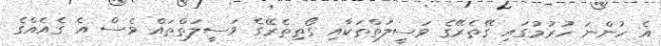
އެ ހުންނަ ހުރުމުގައި ގޭތެރޭގެ ވަސީލަތްތަކާއި ގޯތިތެރޭގެ ވަސީލަތްތައް ވެސް އެ ގެއެއްގެ